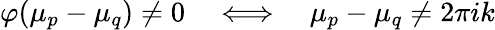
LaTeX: \begin{array}{r}{\varphi(\mu_{p}-\mu_{q})\neq 0\quad\Longleftrightarrow\quad\mu_{p}-\mu_{q}\neq 2\pi ik}\end{array}